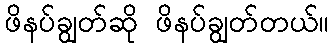
ဖိနပ်ချွတ်ဆို ဖိနပ်ချွတ်တယ်။